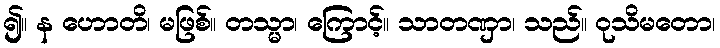
၍။ န ဟောတိ၊ မဖြစ်။ တသ္မာ၊ ကြောင့်။ သာတဏှာ၊ သည်။ ဝုသိမတော၊